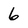
Character: 6